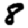
Digit: 8